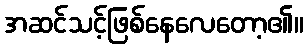
အဆင်သင့်ဖြစ်နေလေတော့၏။